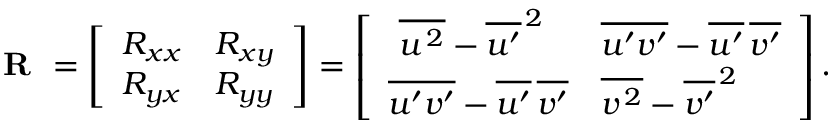
\begin{array} { r } { \textbf { R } = \left[ \begin{array} { l l } { R _ { x x } } & { R _ { x y } } \\ { R _ { y x } } & { R _ { y y } } \end{array} \right] = \left[ \begin{array} { l l } { \, \, \overline { { { u ^ { \, 2 } } } } - \overline { { { u ^ { \prime } } } } ^ { \, 2 } } & { \overline { { { u ^ { \prime } v ^ { \prime } } } } - \overline { { { u ^ { \prime } } } } \, \overline { { { v ^ { \prime } } } } } \\ { \overline { { { u ^ { \prime } v ^ { \prime } } } } - \overline { { { u ^ { \prime } } } } \, \overline { { { v ^ { \prime } } } } } & { \overline { { { v ^ { \, 2 } } } } - \overline { { { v ^ { \prime } } } } ^ { \, 2 } } \end{array} \right] . } \end{array}